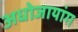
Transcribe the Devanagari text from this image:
अधोजायांग